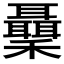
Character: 𥤋